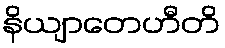
နိယျာတေဟီတိ